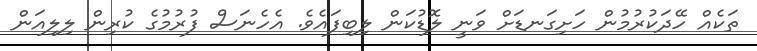
ތަކެއް ހޭދަކުރުމުން ހަށިގަނޑަށް ވަނީ ލޮޑުކަން ލިބިފައެވެ. އެހެނަސް ފުރުމުގެ ކުރިން ލިލިއަން